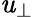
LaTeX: \mathit{u}_{\perp}